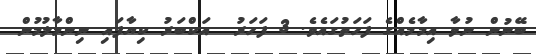
ބޭނުން ނުވާ އިމާމެއްގެ ފަހަތުގައެވެ. 3 ފަހަރު  އަކްބަރު ކިޔާފައި ނިންމާލުމުން